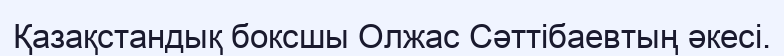
Қазақстандық боксшы Олжас Сәттібаевтың әкесі.